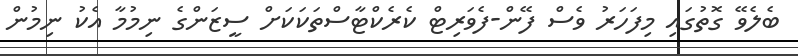
ބެލެވޭ ގޮތުގައި މިފަހަރު ވެސް ފޭން-ފެވަރިޓް ކެރެކްޓާސްތަކަކަށް ސީޒަންގެ ނިމުމާ އެކު ނިމުން